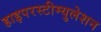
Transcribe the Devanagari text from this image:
हाइपरस्टीम्युलेशन